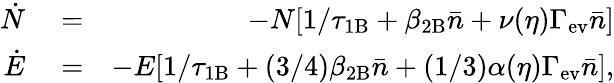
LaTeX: \begin{array}{rlr}{\dot{N}}&{{}=}&{-N[1/\tau_{\mathrm{1B}}+\beta_{\mathrm{2B}}\bar{n}+\nu(\eta)\Gamma_{\mathrm{ev}}\bar{n}]}\\ {\dot{E}}&{{}=}&{-E[1/\tau_{\mathrm{1B}}+(3/4)\beta_{\mathrm{2B}}\bar{n}+(1/3)\alpha(\eta)\Gamma_{\mathrm{ev}}\bar{n}],}\end{array}